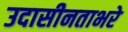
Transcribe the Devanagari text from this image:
उदासीनताभरे